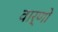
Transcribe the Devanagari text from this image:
वार्णो